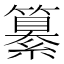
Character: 纂